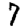
Digit: 7